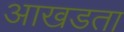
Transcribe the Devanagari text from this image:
आखडता